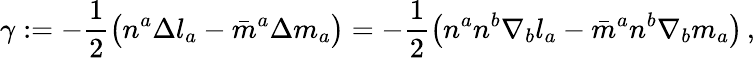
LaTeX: \gamma:=-{\frac{1}{2}}{\big(}n^{a}\Delta l_{a}-{\bar{m}}^{a}\Delta m_{a}{\big)}=-{\frac{1}{2}}{\big(}n^{a}n^{b}\nabla_{b}l_{a}-{\bar{m}}^{a}n^{b}\nabla_{b}m_{a}{\big)}\, ,